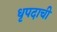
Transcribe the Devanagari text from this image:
धृपदाची